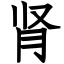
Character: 肾